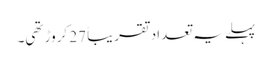
پہلے یہ تعداد تقریباً 27 کروڑ تھی۔